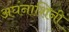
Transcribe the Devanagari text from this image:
अघंनाशिनी